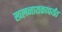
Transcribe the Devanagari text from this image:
खलनायकापर्यंत